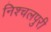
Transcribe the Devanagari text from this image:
निश्चलपुरी